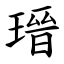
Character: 瑨